Report on enteric fever
Disease focus: Fever
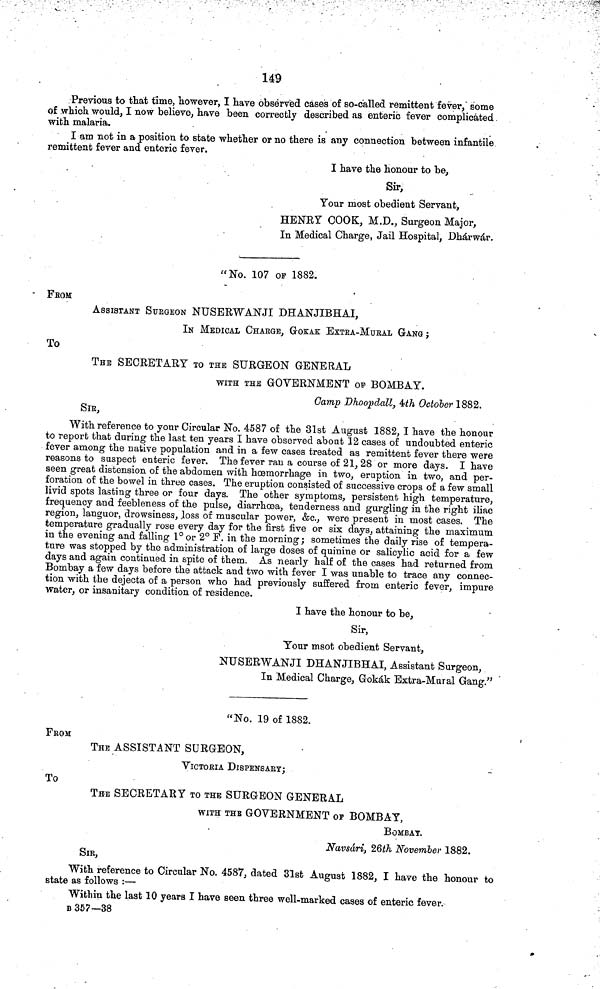
149
Previous to that time, however, I have observed cases of so-called remittent fever, some
of which would, I now believe, have been correctly described as enteric fever complicated
with malaria.
I am not in a position to state whether or no there is any connection between infantile
remittent fever and enteric fever.
I have the honour to be,
Sir,
Your most obedient Servant,
HENRY COOK, M.D., Surgeon Major,
In Medical Charge, Jail Hospital, Dhárwár.
"No. 107 OP 1882.
FROM
ASSISTANT SURGEON NUSERWANJI DHANJIBHAI,
IN MEDICAL CHARGE, GOKAK EXTRA-MURAL GANG;
To
THE SECRETARY TO THE SURGEON GENERAL
WITH THE GOVERNMENT OF BOMBAY.
Gamp Dhoopdall, 4th October 1882.
SIR,
With reference to your Circular No. 4587 of the 31st August 1882, I have the honour
to report that during the last ten years I have observed about 12 cases of undoubted enteric
fever among the native population and in a few cases treated as remittent fever there were
reasons to suspect enteric fever. The fever ran a course of 21, 28 or more days. I have
seen great distension of the abdomen with hœmorrhage in two, eruption in two, and per-
foration of the bowel in three cases. The eruption consisted of successive crops of a few small
livid spots lasting three or four days. The other symptoms, persistent high temperature,
frequency and feebleness of the pulse, diarrhœa, tenderness and gurgling in the right iliac
region, languor, drowsiness, loss of muscular power, &c., were present in most cases. The
temperature gradually rose every day for the first five or six days, attaining the maximum
in the evening and falling 1° or 2° F. in the morning; sometimes the daily rise of tempera-
ture was stopped by the administration of large doses of quinine or salicylic acid for a few
days and again continued in spite of them. As nearly half of the cases had returned from
Bombay a few days before the attack and two with fever I was unable to trace any connec-
tion with the dejecta of a person who had previously suffered from enteric fever, impure
water, or insanitary condition of residence.
I have the honour to be,
Sir,
Your msot obedient Servant,
NUSERWANJI DHANJIBHAI, Assistant Surgeon,
In Medical Charge, Gokák Extra-Mural Gang."
"No. 19 of 1882.
FROM
THE ASSISTANT SURGEON,
VICTORIA DISPENSARY;
To
THE SECRETARY TO THE SURGEON GENERAL
WITH THE GOVERNMENT OP BOMBAY,
BOMBAY.
Navsári, 26th November 1882.
SIR,
With reference to Circular No. 4587, dated 31st August 1882, I have the honour to
state as follows :—
Within the last 10 years I have seen three well-marked cases of enteric fever.
B 357—38